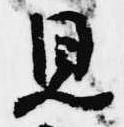
見